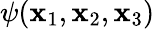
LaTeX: \psi(\mathbf{x}_{1},\mathbf{x}_{2},\mathbf{x}_{3})